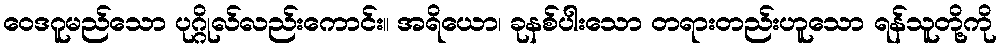
ဝေဒဂူမည်သော ပုဂ္ဂိုလ်လည်းကောင်း။ အရိယော၊ ခုနစ်ပါးသော တရားတည်းဟူသော ရန်သူတို့ကို